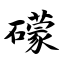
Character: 礞